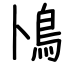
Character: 鳪